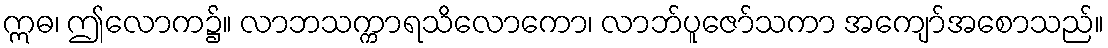
ဣဓ၊ ဤလောက၌။ လာဘသက္ကာရသိလောကော၊ လာဘ်ပူဇော်သကာ အကျော်အစောသည်။